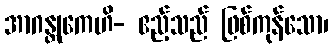
အာဂန္တုကေဟိ- ဧည့်သည် ဖြစ်ကုန်သော၊